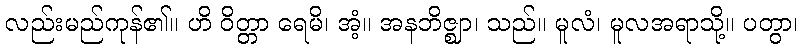
လည်းမည်ကုန်၏။ ဟိ ဝိတ္တာ ရေမိ၊ အံ့။ အနဘိဇ္ဈာ၊ သည်။ မူလံ၊ မူလအရာသို့။ ပတွာ၊